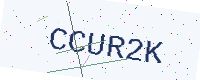
Text: CCUR2K